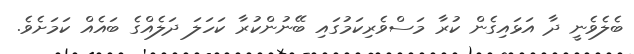
ބެލެވެނީ ދާ އަޅައިގެން ކުރާ މަސްވެރިކަމުގައި ބޭނުންކުރާ ކަހަލަ ދަލެއްގެ ބައެއް ކަމަށެވެ.